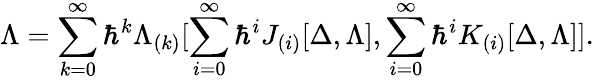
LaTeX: \Lambda=\sum_{k=0}^{\infty}\hbar^{k}\Lambda_{(k)}[\sum_{i=0}^{\infty}\hbar^{i}J_{(i)}[\Delta,\Lambda],\sum_{i=0}^{\infty}\hbar^{i}K_{(i)}[\Delta,\Lambda]].